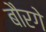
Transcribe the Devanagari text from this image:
बौरगे